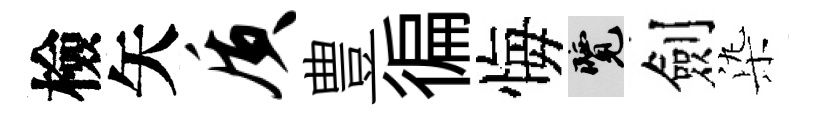
檢矢质豊徧悔覽劍𣑱